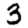
Digit: 3